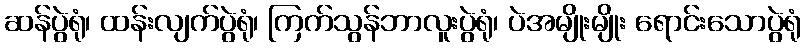
ဆန်ပွဲရုံ၊ ထန်းလျက်ပွဲရုံ၊ ကြက်သွန်ဘာလူးပွဲရုံ၊ ပဲအမျိုးမျိုး ရောင်းသောပွဲရုံ